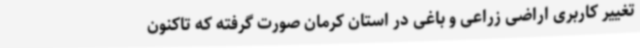
تغییر کاربری اراضی زراعی و باغی در استان کرمان صورت گرفته که تاکنون